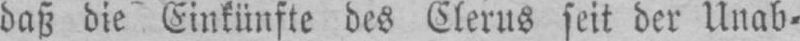
daß die Einkünfte des Clerus seit der Unab-